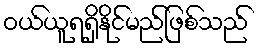
ဝယ်ယူရရှိနိုင်မည်ဖြစ်သည်